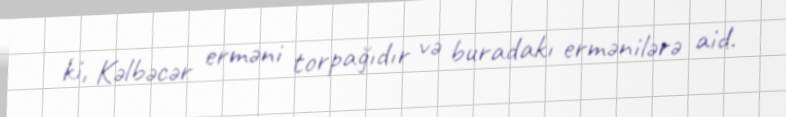
ki, Kəlbəcər erməni torpağıdır və buradakı ermənilərə aid.